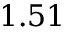
1 . 5 1